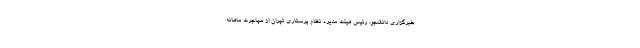
خبرگزاری دانشجو، رئیس هیئت مدیره نظام پرستاری تهران از مهاجرت ماهانه